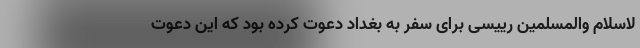
لاسلام والمسلمین رییسی برای سفر به بغداد دعوت کرده بود که این دعوت